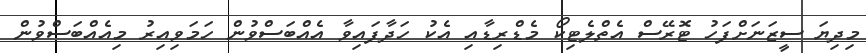
މިދިޔަ ސީޒަނަށްފަހު ޓޮރޭސް އެތްލެޓިކޯ މެޑްރިޑާއި އެކު ހަދާފައިވާ އެއްބަސްވުން ހަމަވިއިރު މިއެއްބަސްވުން